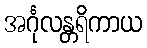
အင်္ဂုလန္တရိကာယ